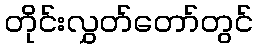
တိုင်းလွှတ်တော်တွင်